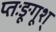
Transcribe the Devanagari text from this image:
प्तःङूगूश्